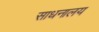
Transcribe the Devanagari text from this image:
साधनालय